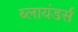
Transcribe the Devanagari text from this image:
ब्लायंडर्स